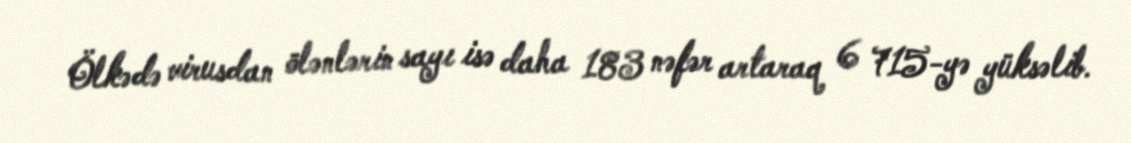
Ölkədə virusdan ölənlərin sayı isə daha 183 nəfər artaraq 6 715-yə yüksəlib.